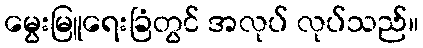
မွေးမြူရေးခြံတွင် အလုပ် လုပ်သည်။